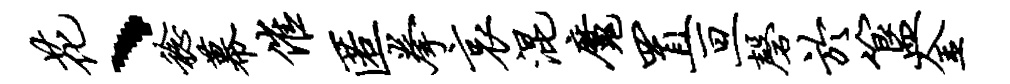
花、稔幕催匿拳哀混魔置亘磬於簋金